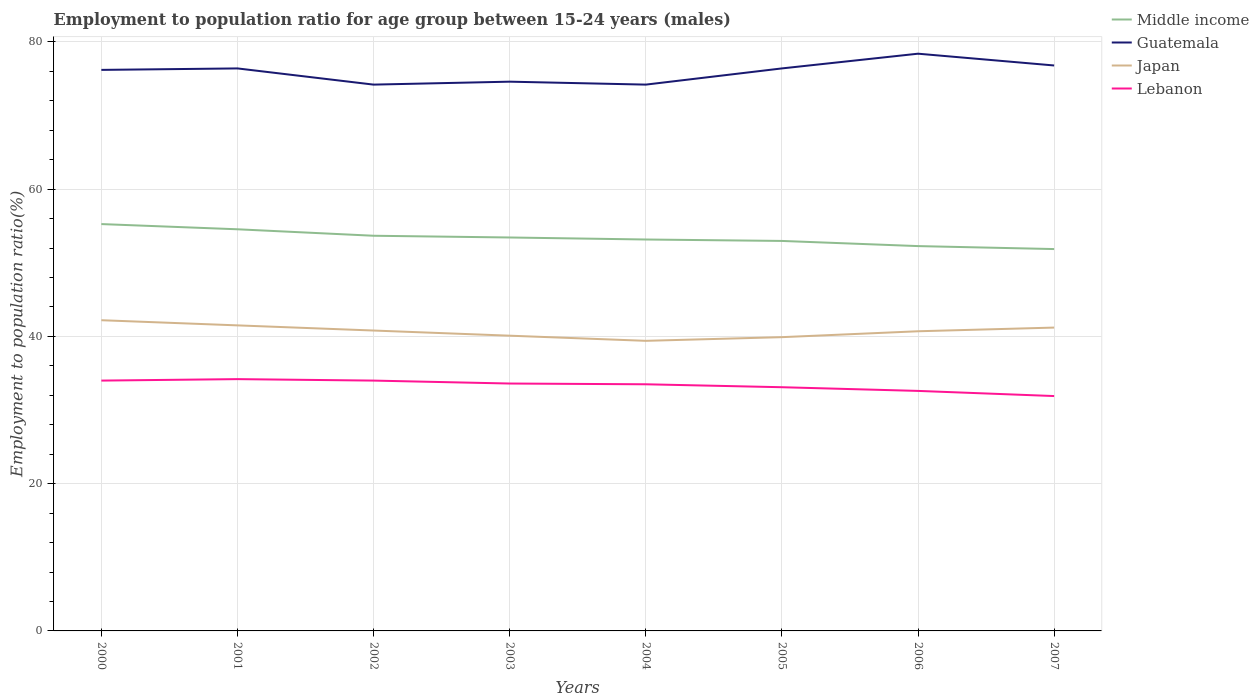
| Years | Middle income | Guatemala | Japan | Lebanon |
 | --- | --- | --- | --- | --- |
 | 2000 | 55.3 | 76.2 | 42.2 | 34 |
 | 2001 | 54.6 | 76.4 | 41.5 | 34.2 |
 | 2002 | 53.7 | 74.2 | 40.8 | 34 |
 | 2003 | 53.4 | 74.6 | 40.1 | 33.6 |
 | 2004 | 53.2 | 74.2 | 39.4 | 33.5 |
 | 2005 | 53 | 76.4 | 39.9 | 33.1 |
 | 2006 | 52.3 | 78.4 | 40.7 | 32.6 |
 | 2007 | 51.9 | 76.8 | 41.2 | 31.9 |